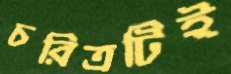
চরিত্রটিই